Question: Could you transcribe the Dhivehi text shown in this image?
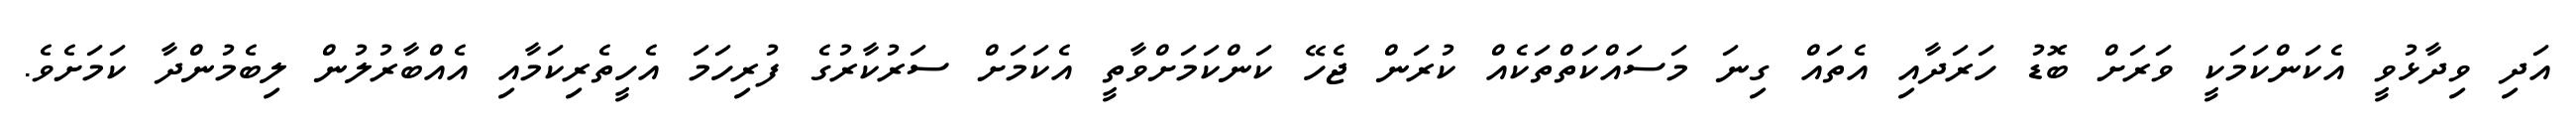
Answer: އަދި ވިދާޅުވީ އެކަންކަމަކީ ވަރަށް ބޮޑު ހަރަދާއި އެތައް ގިނަ މަސައްކަތްތަކެއް ކުރަން ޖެހޭ ކަންކަމަށްވާތީ އެކަމަށް ސަރުކާރުގެ ފުރިހަމަ އެހީތެރިކަމާއި އެއްބާރުލުން ލިބެމުންދާ ކަމަށެވެ.